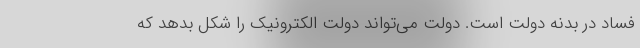
فساد در بدنه دولت است. دولت می‌تواند دولت الکترونیک را شکل بدهد که